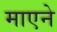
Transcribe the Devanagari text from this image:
माएने